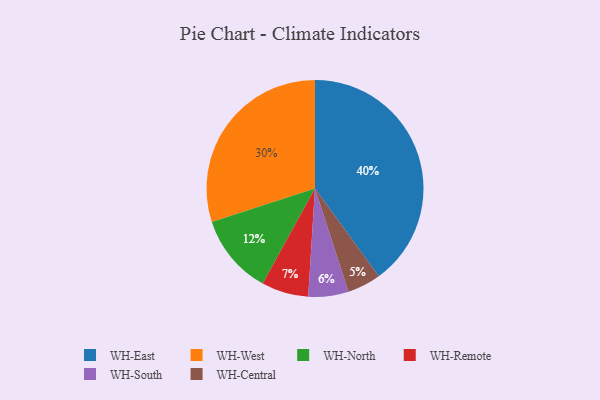
{"axis": {"x": "Category", "y": "Percentage"}, "legend": ["WH-Central", "WH-East", "WH-North", "WH-Remote", "WH-South", "WH-West"], "data": [{"x": "WH-Remote", "y": 7, "type": "WH-Remote"}, {"x": "WH-Central", "y": 5, "type": "WH-Central"}, {"x": "WH-North", "y": 12, "type": "WH-North"}, {"x": "WH-West", "y": 30, "type": "WH-West"}, {"x": "WH-East", "y": 40, "type": "WH-East"}, {"x": "WH-South", "y": 6, "type": "WH-South"}]}